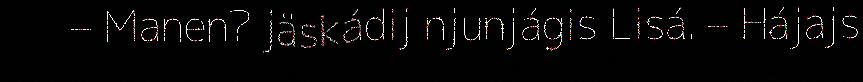
– Manen? jäskádij njunjágis Lisá. – Hájajs